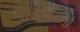
ધસમસતા